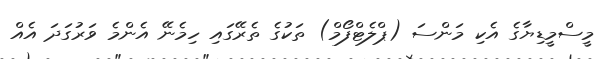
މީސްމީޑިޔާގެ އެކި މަންސަ (ޕްލެޓްފޯމް) ތަކުގެ ތެރޭގައި ހިމެނޭ އެންމެ ވަރުގަދަ އެއް